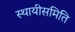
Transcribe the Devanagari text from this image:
स्थायीसमिति